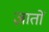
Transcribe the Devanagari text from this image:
ज़ातों